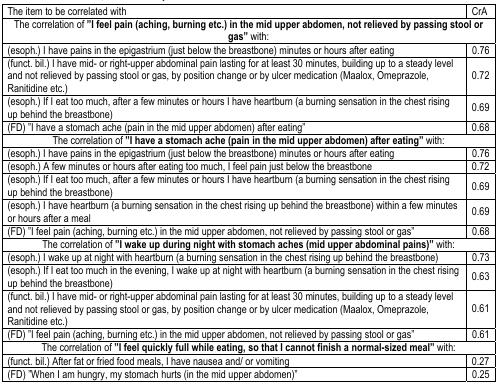
| The item to be correlated with | CrA |
 | --- | --- |
 | The correlation of ”I feel pain (aching, burning etc.) in the mid upper abdomen, not relieved by passing stool or gas” with: |
 | (esoph.) I have pains in the epigastrium (just below the breastbone) minutes or hours after eating | 0.76 |
 | (funct. bil.) I have mid- or right-upper abdominal pain lasting for at least 30 minutes, building up to a steady level and not relieved by passing stool or gas, by position change or by ulcer medication (Maalox, Omeprazole, Ranitidine etc.) | 0.72 |
 | (esoph.) If I eat too much, after a few minutes or hours I have heartburn (a burning sensation in the chest rising up behind the breastbone) | 0.69 |
 | (FD) ”I have a stomach ache (pain in the mid upper abdomen) after eating” | 0.68 |
 | The correlation of ”I have a stomach ache (pain in the mid upper abdomen) after eating” with: |
 | (esoph.) I have pains in the epigastrium (just below the breastbone) minutes or hours after eating | 0.76 |
 | (esoph.) A few minutes or hours after eating too much, I feel pain just below the breastbone | 0.72 |
 | (esoph.) If I eat too much, after a few minutes or hours I have heartburn (a burning sensation in the chest rising up behind the breastbone) | 0.69 |
 | (esoph.) I have heartburn (a burning sensation in the chest rising up behind the breastbone) within a few minutes or hours after a meal | 0.69 |
 | (FD) ”I feel pain (aching, burning etc.) in the mid upper abdomen, not relieved by passing stool or gas” | 0.68 |
 | The correlation of ”I wake up during night with stomach aches (mid upper abdominal pains)” with: |
 | (esoph.) I wake up at night with heartburn (a burning sensation in the chest rising up behind the breastbone) | 0.73 |
 | (esoph.) If I eat too much in the evening, I wake up at night with heartburn (a burning sensation in the chest rising up behind the breastbone) | 0.63 |
 | (funct. bil.) I have mid- or right-upper abdominal pain lasting for at least 30 minutes, building up to a steady level and not relieved by passing stool or gas, by position change or by ulcer medication (Maalox, Omeprazole, Ranitidine etc.) | 0.61 |
 | (FD) ”I feel pain (aching, burning etc.) in the mid upper abdomen, not relieved by passing stool or gas” | 0.61 |
 | The correlation of ”I feel quickly full while eating, so that I cannot finish a normal-sized meal” with: |
 | (funct. bil.) After fat or fried food meals, I have nausea and/ or vomiting | 0.27 |
 | (FD) ”When I am hungry, my stomach hurts (in the mid upper abdomen)” 0.25 | 0.25 |